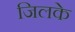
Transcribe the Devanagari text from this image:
जिलके